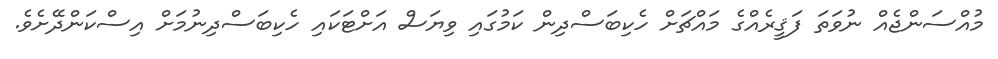
މުއްސަންޖެއް ނުވަތަ ފަޤީރެއްގެ މައްޗަށް ހެކިބަސްދިން ކަމުގައި ވިޔަސް އަށްޓަކައި ހެކިބަސްދިނުމަށް އިސްކަންދޭށެވެ.